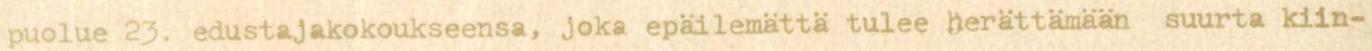
puolue 23. edustajakokoukseensa, joka epäilemättä tulee herättämään suurta kiin-